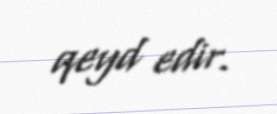
qeyd edir.